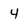
Character: 4